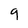
Character: 9